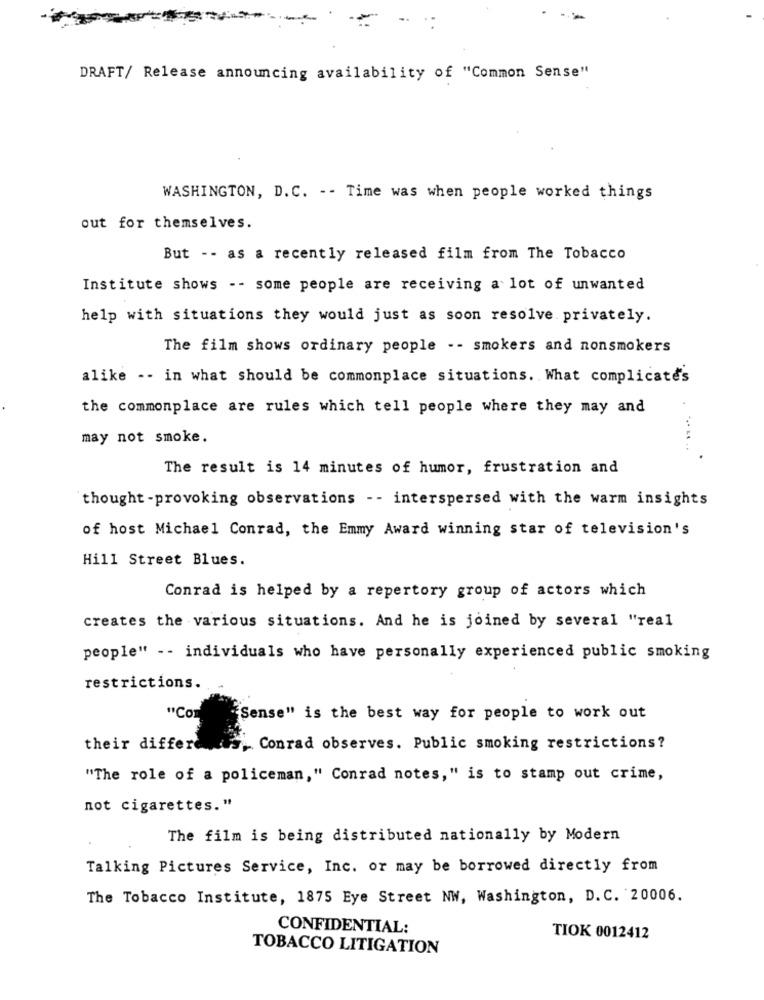
DRAFT/ Release announcing availability of "Common Sense"
WASHINGTON, D.C. -- Time was when people worked things
out for themselves.
But -- as a recently released film from The Tobacco
Institute shows -- some people are receiving a lot of unwanted
help with situations they would just as soon resolve privately.
The film shows ordinary people -- smokers and nonsmokers
alike -- in what should be commonplace situations. What complicate's
the commonplace are rules which tell people where they may and
may not smoke.
... .. ..
The result is 14 minutes of humor, frustration and
thought -provoking observations -- interspersed with the warm insights
of host Michael Conrad, the Emmy Award winning star of television's
Hill Street Blues.
Conrad is helped by a repertory group of actors which
creates the various situations. And he is joined by several "real
people" -- individuals who have personally experienced public smoking
restrictions.
"Co
"Sense" is the best way for people to work out
their differe
Conrad observes. Public smoking restrictions?
"The role of a policeman," Conrad notes," is to stamp out crime,
not cigarettes."
The film is being distributed nationally by Modern
Talking Pictures Service, Inc. or may be borrowed directly from
The Tobacco Institute, 1875 Eye Street NW, Washington, D.C. 20006.
CONFIDENTIAL:
TIOK 0012412
TOBACCO LITIGATION